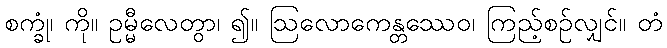
စက္ခုံ၊ ကို။ ဥမ္မီလေတွာ၊ ၍။ ဩလောကေန္တဿေဝ၊ ကြည့်စဉ်လျှင်။ တံ